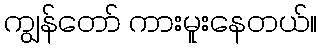
ကျွန်တော် ကားမူးနေတယ်။